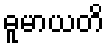
ဓူမာယတိ